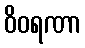
ဝိဝရဏာ